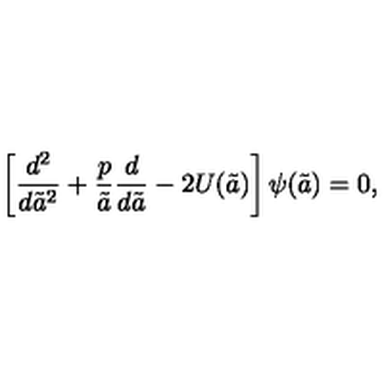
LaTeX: \left[ { \frac { d ^ { 2 } } { d { \tilde { a } } ^ { 2 } } } + { \frac { p } { \tilde { a } } } { \frac { d } { d \tilde { a } } } - 2 U ( \tilde { a } ) \right] \psi ( \tilde { a } ) = 0 ,